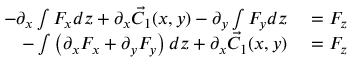
\begin{array} { r l } { - \partial _ { x } \int F _ { x } d z + \partial _ { x } { \vec { C _ { 1 } } } ( x , y ) - \partial _ { y } \int F _ { y } d z } & { { } = F _ { z } } \\ { - \int \left( \partial _ { x } F _ { x } + \partial _ { y } F _ { y } \right) d z + \partial _ { x } { \vec { C _ { 1 } } } ( x , y ) } & { { } = F _ { z } } \end{array}